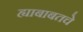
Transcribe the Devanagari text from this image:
ह्याबाबतचे